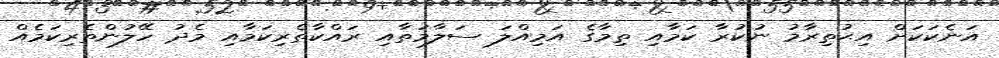
އަނެކަކަށް އިޙުތިރާމު ނުކުރާ ކަމާއި ތިމާގެ އަމިއްލަ ސަލާމަތާއި ރައްކާތެރިކަމާއި މެދު ހޭލުންތެރިކަމެއް